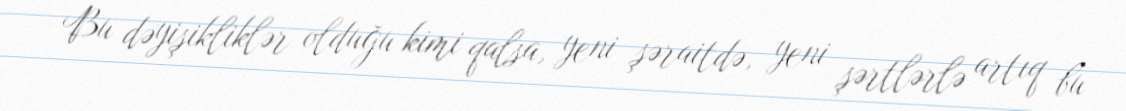
Bu dəyişikliklər olduğu kimi qalsa, yeni şəraitdə, yeni şərtlərlə artıq bu